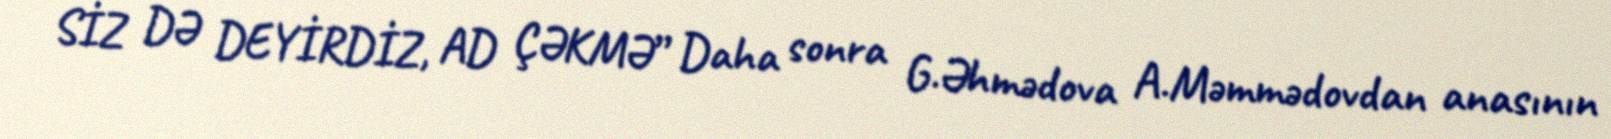
SİZ DƏ DEYİRDİZ, AD ÇƏKMƏ” Daha sonra G.Əhmədova A.Məmmədovdan anasının